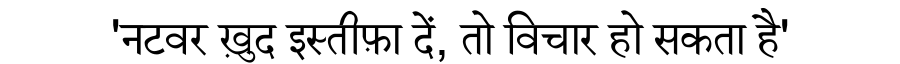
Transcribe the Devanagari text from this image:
'नटवर ख़ुद इस्तीफ़ा दें, तो विचार हो सकता है'